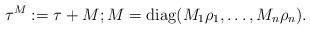
LaTeX: \begin{align*} \tau^M := \tau + M;M =\mathrm{diag}(M_1\rho_1,\dots,M_n\rho_n).\end{align*}